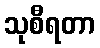
သုစီရတာ